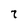
Character: 7